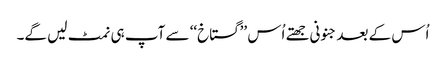
اُس کے بعد جنونی جھتے اُس ’’گستاخ‘‘ سے آپ ہی نمٹ لیں گے۔